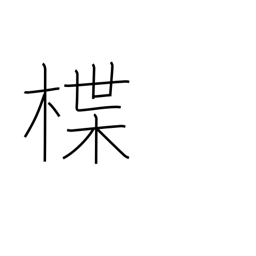
Meaning: lacquered dish